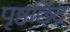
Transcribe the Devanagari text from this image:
पृष्ठछिद्र